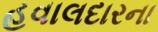
હવાલદારના